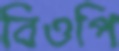
বিওপি